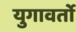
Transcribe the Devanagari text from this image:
युगावर्तो